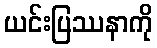
ယင်းပြဿနာကို